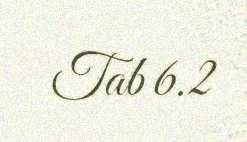
Tab 6.2